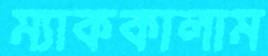
ম্যাককালাম